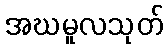
အဃမူလသုတ်